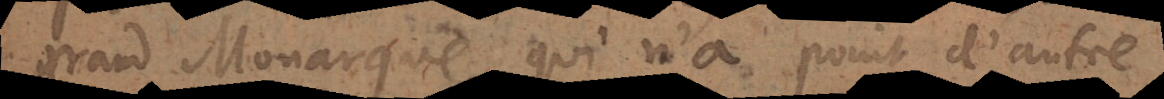
grand Monarque, qui n’a point d’autre